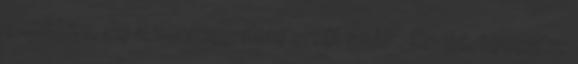
eszköze, de a verseny nem erről szólt. Ennyi. toccata: